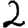
Digit: 2